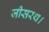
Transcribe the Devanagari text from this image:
जीसरथ।